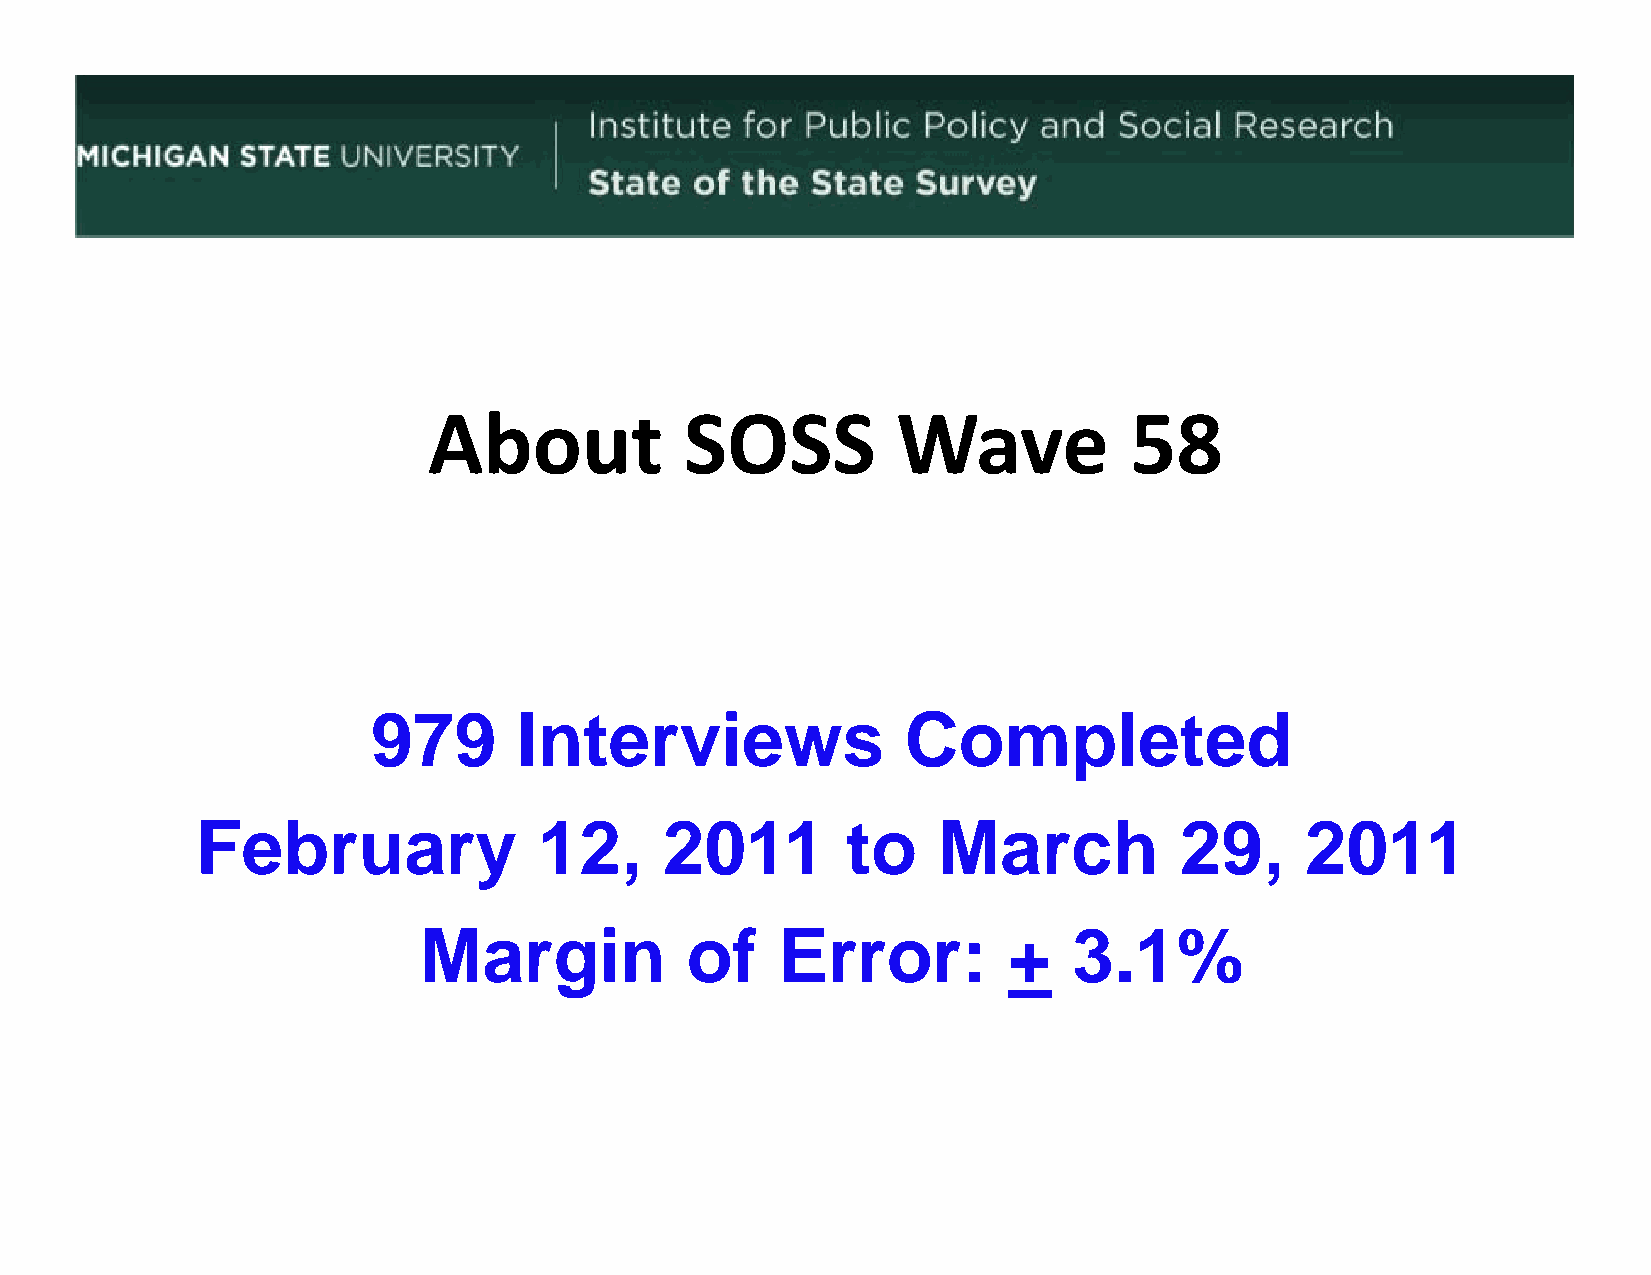
About            SOSS          Wave            58
 997799   IIntterviiews             CCompllettedd
 Februaryy              12,,    2011        to    March           29,,    2011
 Margin           of     Error:         +   3.1%